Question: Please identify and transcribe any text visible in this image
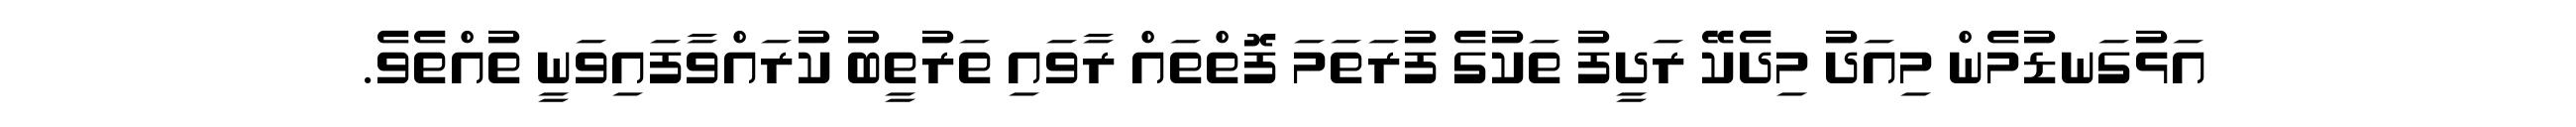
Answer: އަޅުގަނޑުމެން މިއަދު މިދެކޭ ރަދީފު ތަކުގެ ފުރަތަމަ ފޮތްތައް ރާވައި ތަރުތީބު ކުރައްވާފައިވަނީ ތުއްތެވެ.